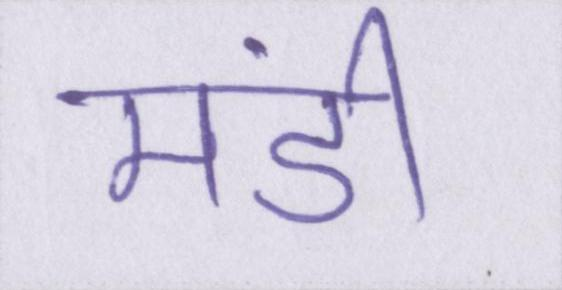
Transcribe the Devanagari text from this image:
मंडी